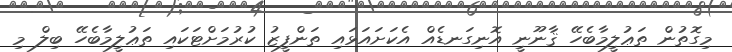
މިގޮތުން ތަޢުލީމާބެހޭ ޤާނޫނީ އޮނިގަނޑެއް އެކަށައަޅައި ތަންފީޒު ކުރުމަށްޓަކައި ތަޢުލީމާބެހޭ ބިލް މި